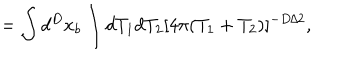
= \int d ^ { D } x _ { b } \int d T _ { 1 } d T _ { 2 } [ 4 \pi ( T _ { 1 } + T _ { 2 } ) ] ^ { - D / 2 } ,